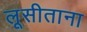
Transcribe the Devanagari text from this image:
लूसीताना